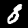
Label: 8